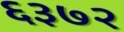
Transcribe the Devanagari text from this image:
६३७२